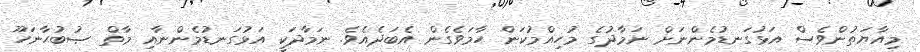
މިއާޔަތުންވެސް އަޅުގަނޑުމެންނަށް ނަމާދުގެ މުހިއްމުކަން ހާމަވެގެން އެބަދެއެވެ. ނަމާދަކީ އަޅުގަނޑުމެންނާއި މާތް ޞުބުޙާނަހޫ